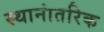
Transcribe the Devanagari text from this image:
स्थानांतरिक